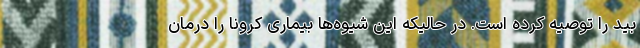
بید را توصیه کرده است. در حالیکه این شیوه‌ها بیماری کرونا را درمان